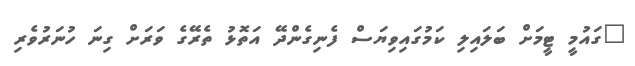
"ގައުމީ ޓީމަށް ބަލައިލި ކަމުގައިވިޔަސް ފެނިގެންދޭ އަތޮޅު ތެރޭގެ ވަރަށް ގިނަ ހުނަރުވެރި